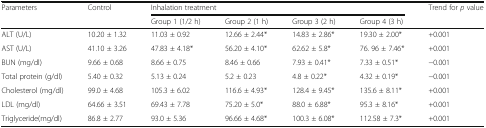
| <ROWSPAN=2> Parameters | <ROWSPAN=2> Control | <COLSPAN=4> Inhalation treatment | <ROWSPAN=2> Trend for p value |
 | Group 1 (1/2 h) | Group 2 (1 h) | Group 3 (2 h) | Group 4 (3 h) |
 | --- | --- | --- | --- | --- | --- | --- |
 | ALT (U/L) | 10.20 ± 1.32 | 11.03 ± 0.92 | 12.66 ± 2.44* | 14.83 ± 2.86* | 19.30 ± 2.00* | +0.001 |
 | AST (U/L) | 41.10 ± 3.26 | 47.83 ± 4.18* | 56.20 ± 4.10* | 62.62 ± 5.8* | 76. 96 ± 7.46* | +0.001 |
 | BUN (mg/dl) | 9.66 ± 0.68 | 8.66 ± 0.75 | 8.46 ± 0.66 | 7.93 ± 0.41* | 7.33 ± 0.51* | −0.001 |
 | Total protein (g/dl) | 5.40 ± 0.32 | 5.13 ± 0.24 | 5.2 ± 0.23 | 4.8 ± 0.22* | 4.32 ± 0.19* | −0.001 |
 | Cholesterol (mg/dl) | 99.0 ± 4.68 | 105.3 ± 6.02 | 116.6 ± 4.93* | 128.4 ± 9.45* | 135.6 ± 8.11* | +0.001 |
 | LDL (mg/dl) | 64.66 ± 3.51 | 69.43 ± 7.78 | 75.20 ± 5.0* | 88.0 ± 6.88* | 95.3 ± 8.16* | +0.001 |
 | Triglyceride(mg/dl) | 86.8 ± 2.77 | 93.0 ± 5.36 | 96.66 ± 4.68* | 100.3 ± 6.08* | 112.58 ± 7.3* | +0.001 |